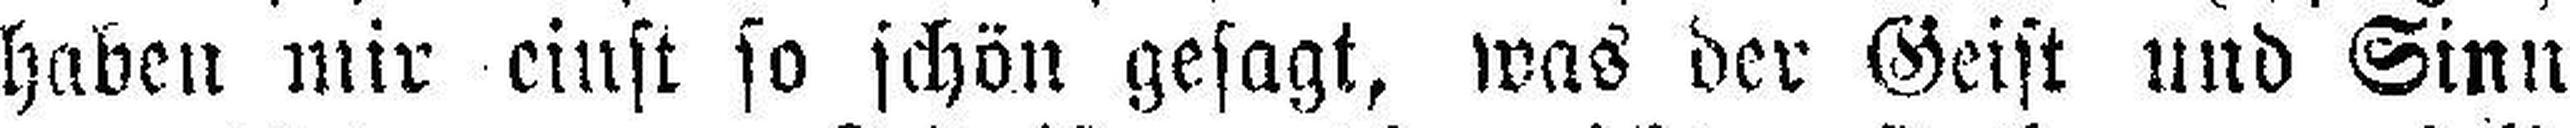
haben mir einst so schön gesagt, was der Geist und Sinn